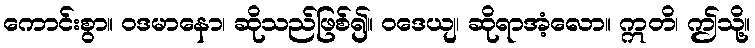
ကောင်းစွာ။ ဝဒမာနော၊ ဆိုသည်ဖြစ်၍။ ဝဒေယျ၊ ဆိုရာအံ့လော။ ဣတိ၊ ဤသို့။